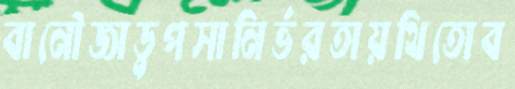
বানৌজাডুপসানির্ভরতায়থিতোব